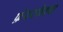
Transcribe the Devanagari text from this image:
फ़ेयरफैक्स